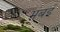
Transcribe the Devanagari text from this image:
मंबई